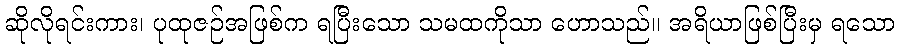
ဆိုလိုရင်းကား၊ ပုထုဇဉ်အဖြစ်က ရပြီးသော သမထကိုသာ ဟောသည်။ အရိယာဖြစ်ပြီးမှ ရသော